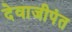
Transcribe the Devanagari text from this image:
देवाजीपंत